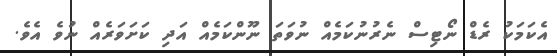
އެކަމަކު ރެޑް ނޯޓިސް ނެރުނުކަމެއް ނުވަތަ ނޫންކަމެއް އަދި ކަށަވަރެއް ނުވެ އެވެ.